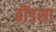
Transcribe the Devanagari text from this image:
ढींडसा